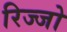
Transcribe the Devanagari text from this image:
रिज्‍जो